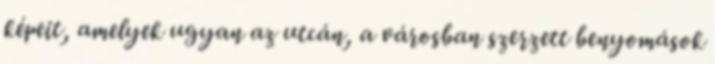
képeit, amelyek ugyan az utcán, a városban szerzett benyomások